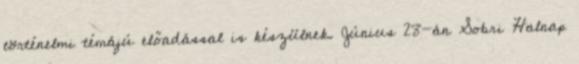
történelmi témájú előadással is készülnek. Június 28-án Sobri Halnap